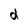
Character: d